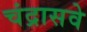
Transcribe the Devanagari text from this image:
चंद्रासवे